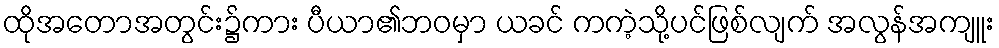
ထိုအတောအတွင်း၌ကား ပီယာ၏ဘဝမှာ ယခင် ကကဲ့သို့ပင်ဖြစ်လျက် အလွန်အကျူး